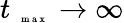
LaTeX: t_{\mathrm{~\tiny~{~m~a~x~}~}}\to\infty